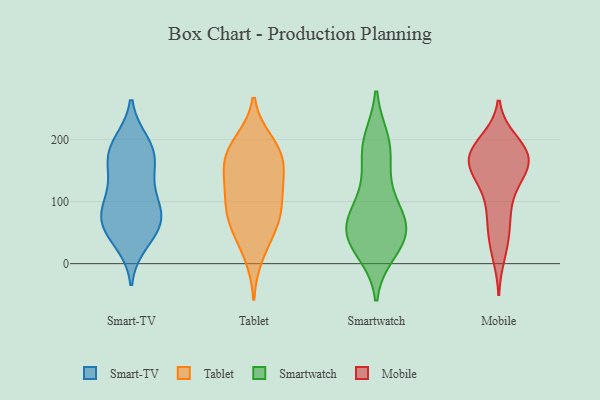
{"axis": {"x": "Energy Usage (MWh)", "y": "Value"}, "legend": ["Mobile", "Smart-TV", "Smartwatch", "Tablet"], "data": [{"x": "", "y": 87, "type": "Smart-TV"}, {"x": "", "y": 53, "type": "Smart-TV"}, {"x": "", "y": 57, "type": "Smart-TV"}, {"x": "", "y": 63, "type": "Smart-TV"}, {"x": "", "y": 173, "type": "Smart-TV"}, {"x": "", "y": 180, "type": "Smart-TV"}, {"x": "", "y": 154, "type": "Smart-TV"}, {"x": "", "y": 194, "type": "Smart-TV"}, {"x": "", "y": 35, "type": "Smart-TV"}, {"x": "", "y": 136, "type": "Smart-TV"}, {"x": "", "y": 79, "type": "Smart-TV"}, {"x": "", "y": 186, "type": "Smart-TV"}, {"x": "", "y": 104, "type": "Smart-TV"}, {"x": "", "y": 89, "type": "Smart-TV"}, {"x": "", "y": 173, "type": "Tablet"}, {"x": "", "y": 50, "type": "Tablet"}, {"x": "", "y": 90, "type": "Tablet"}, {"x": "", "y": 185, "type": "Tablet"}, {"x": "", "y": 56, "type": "Tablet"}, {"x": "", "y": 139, "type": "Tablet"}, {"x": "", "y": 101, "type": "Tablet"}, {"x": "", "y": 160, "type": "Tablet"}, {"x": "", "y": 12, "type": "Tablet"}, {"x": "", "y": 144, "type": "Tablet"}, {"x": "", "y": 70, "type": "Tablet"}, {"x": "", "y": 187, "type": "Tablet"}, {"x": "", "y": 127, "type": "Tablet"}, {"x": "", "y": 197, "type": "Tablet"}, {"x": "", "y": 91, "type": "Tablet"}, {"x": "", "y": 198, "type": "Smartwatch"}, {"x": "", "y": 63, "type": "Smartwatch"}, {"x": "", "y": 20, "type": "Smartwatch"}, {"x": "", "y": 102, "type": "Smartwatch"}, {"x": "", "y": 189, "type": "Smartwatch"}, {"x": "", "y": 47, "type": "Smartwatch"}, {"x": "", "y": 102, "type": "Smartwatch"}, {"x": "", "y": 60, "type": "Smartwatch"}, {"x": "", "y": 28, "type": "Smartwatch"}, {"x": "", "y": 153, "type": "Smartwatch"}, {"x": "", "y": 190, "type": "Smartwatch"}, {"x": "", "y": 38, "type": "Smartwatch"}, {"x": "", "y": 61, "type": "Smartwatch"}, {"x": "", "y": 59, "type": "Smartwatch"}, {"x": "", "y": 176, "type": "Mobile"}, {"x": "", "y": 152, "type": "Mobile"}, {"x": "", "y": 186, "type": "Mobile"}, {"x": "", "y": 144, "type": "Mobile"}, {"x": "", "y": 92, "type": "Mobile"}, {"x": "", "y": 196, "type": "Mobile"}, {"x": "", "y": 172, "type": "Mobile"}, {"x": "", "y": 142, "type": "Mobile"}, {"x": "", "y": 181, "type": "Mobile"}, {"x": "", "y": 170, "type": "Mobile"}, {"x": "", "y": 16, "type": "Mobile"}, {"x": "", "y": 187, "type": "Mobile"}, {"x": "", "y": 161, "type": "Mobile"}, {"x": "", "y": 156, "type": "Mobile"}, {"x": "", "y": 35, "type": "Mobile"}, {"x": "", "y": 74, "type": "Mobile"}, {"x": "", "y": 116, "type": "Mobile"}, {"x": "", "y": 57, "type": "Mobile"}]}